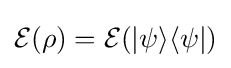
{\mathcal {E}}(\rho )={\mathcal {E}}(|\psi \rangle \langle \psi |)